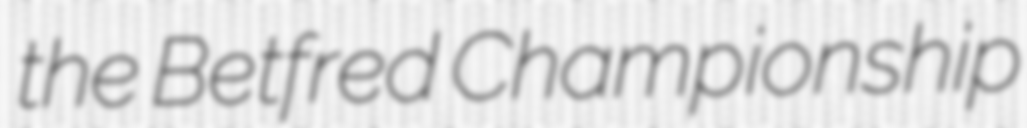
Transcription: the Betfred Championship